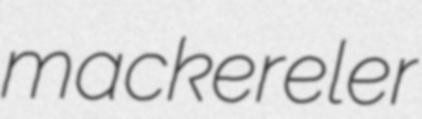
mackereler